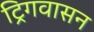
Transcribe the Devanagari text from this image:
ट्रिगवासन